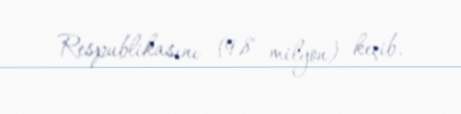
Respublikasını (9,8 milyon) keçib.